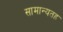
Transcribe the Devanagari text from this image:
सामान्यतह